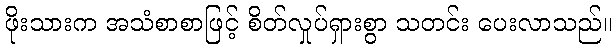
ဖိုးသားက အသံစာစာဖြင့် စိတ်လှုပ်ရှားစွာ သတင်း ပေးလာသည်။